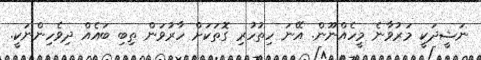
ނަޝީދަކީ މަރުވާނެ މީހެއްނޫން. އޭނަ ހިތުހުރި ގޮތަކަށް ހާރުވަން ތިބި ބައެއް ދިވެހިންނަކީ.